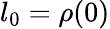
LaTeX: l_{0}=\rho(0)